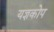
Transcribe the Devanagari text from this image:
यज्ञकोप